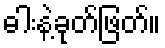
ဓါးနဲ့ခုတ်ဖြတ်။